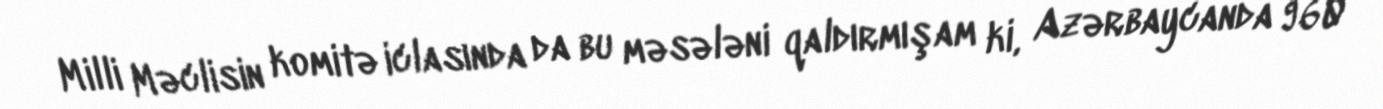
Milli Məclisin komitə iclasında da bu məsələni qaldırmışam ki, Azərbaycanda 960